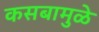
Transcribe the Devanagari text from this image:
कसबामुळे